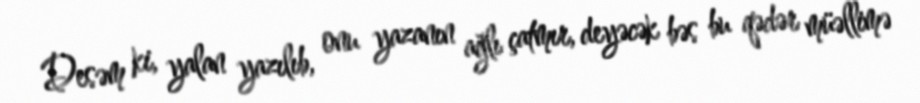
Desəm ki, yalan yazılıb, onu yazanın ağlı çatmır, deyəcək bəs bu qədər müəllimə